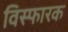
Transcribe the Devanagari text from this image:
विस्‍फारक